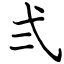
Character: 弍